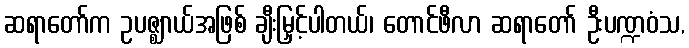
ဆရာတော်က ဥပဇ္ဈာယ်အဖြစ် ချီးမြှင့်ပါတယ်၊ တောင်ဖီလာ ဆရာတော် ဦးပဏ္ဍဝံသ,